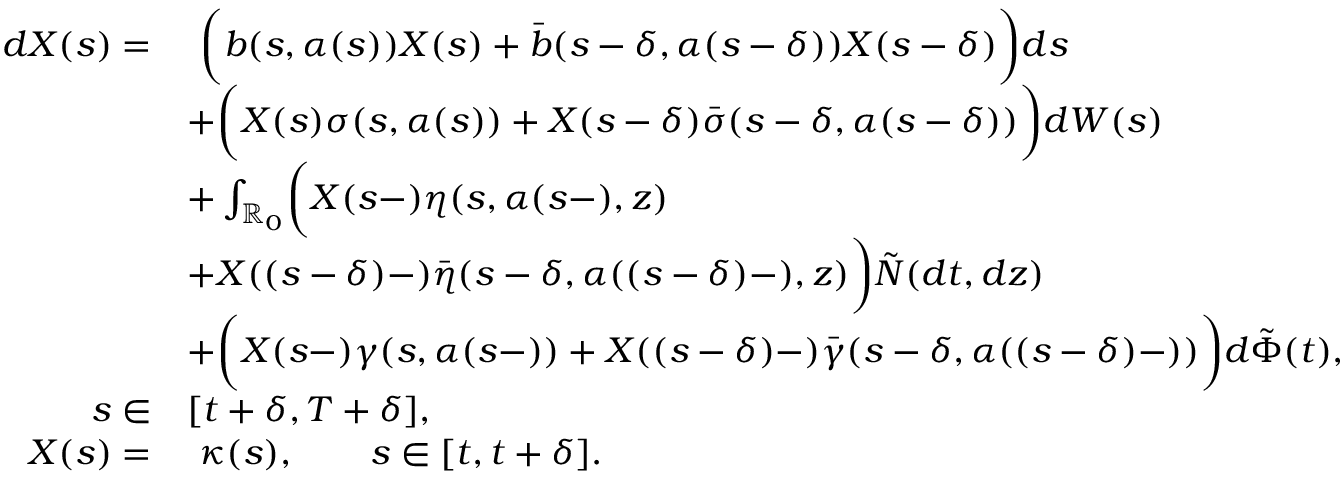
\begin{array} { r l } { d X ( s ) = } & { \ \biggl ( b ( s , \alpha ( s ) ) X ( s ) + \bar { b } ( s - \delta , \alpha ( s - \delta ) ) X ( s - \delta ) \biggr ) d s } \\ & { + \biggl ( X ( s ) \sigma ( s , \alpha ( s ) ) + X ( s - \delta ) \bar { \sigma } ( s - \delta , \alpha ( s - \delta ) ) \biggr ) d W ( s ) } \\ & { + \int _ { \mathbb { R } _ { 0 } } \biggl ( X ( s - ) \eta ( s , \alpha ( s - ) , z ) } \\ & { + X ( ( s - \delta ) - ) \bar { \eta } ( s - \delta , \alpha ( ( s - \delta ) - ) , z ) \biggr ) \tilde { N } ( d t , d z ) } \\ & { + \biggl ( X ( s - ) \gamma ( s , \alpha ( s - ) ) + X ( ( s - \delta ) - ) \bar { \gamma } ( s - \delta , \alpha ( ( s - \delta ) - ) ) \biggr ) d \tilde { \Phi } ( t ) , } \\ { s \in } & { [ t + \delta , T + \delta ] , } \\ { X ( s ) = } & { \ \kappa ( s ) , \qquad s \in [ t , t + \delta ] . } \end{array}